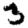
Digit: 3